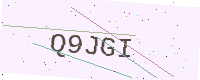
Text: Q9JGI